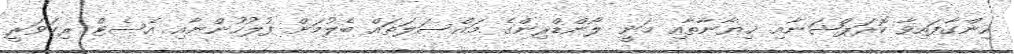
ހިންގާފައިވާ ކޮރަޕްޝަނާއި ޚިޔާނާތާއި މަނީ ލޯންޑްރިންގެ މައްސަލަތައް ބެލުމަށް ފުލުހުންނާއި އެސެޓް ރިކަވަރީ